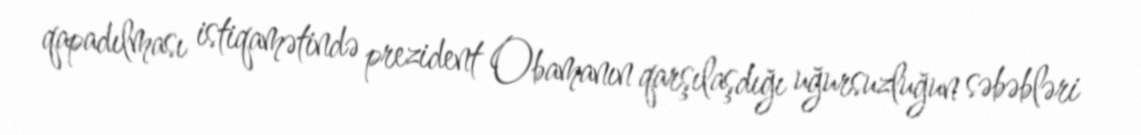
qapadılması istiqamətində prezident Obamanın qarşılaşdığı uğursuzluğun səbəbləri